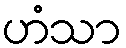
ဟံသာ